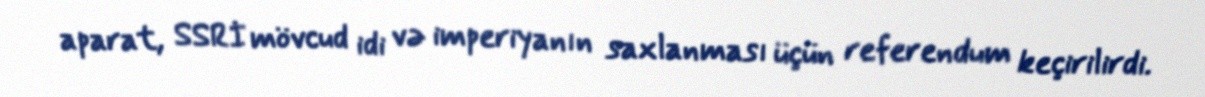
aparat, SSRİ mövcud idi və imperiyanın saxlanması üçün referendum keçirilirdi.